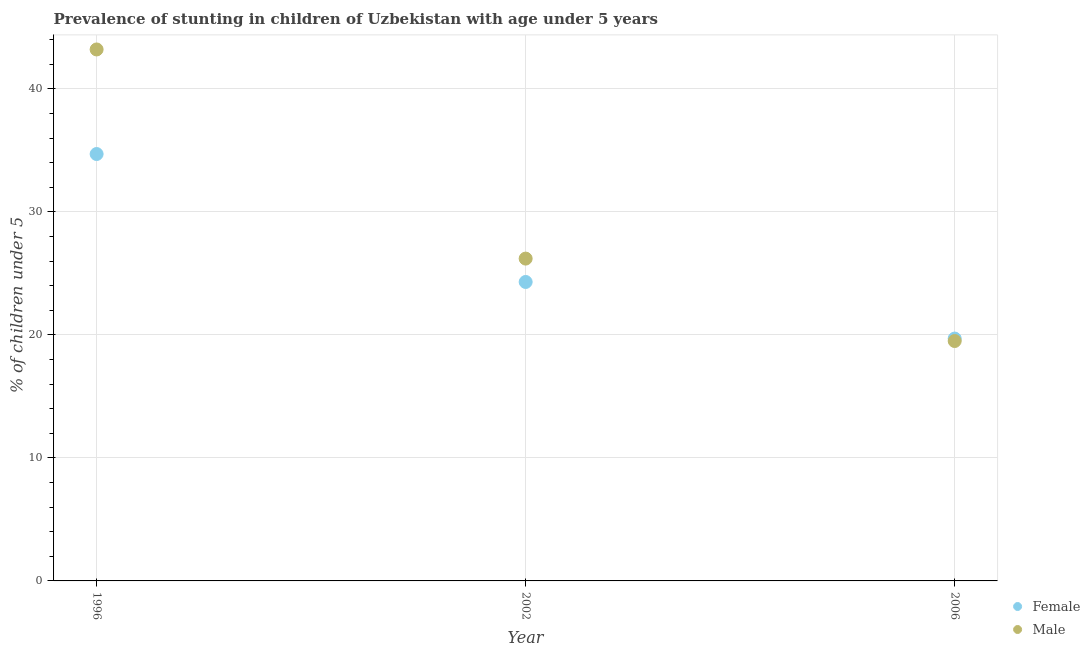
| Year | Female | Male |
 | --- | --- | --- |
 | 1996 | 34.7 | 43.2 |
 | 2002 | 24.3 | 26.2 |
 | 2006 | 19.7 | 19.5 |